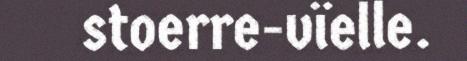
stoerre-vïelle.